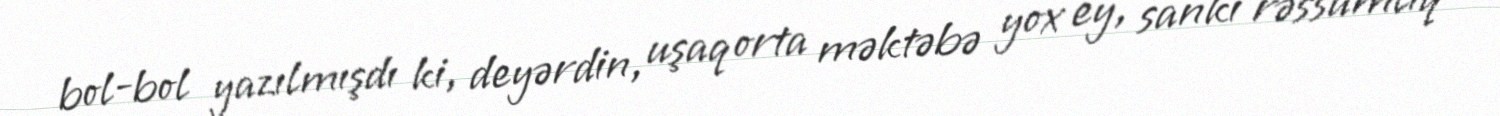
bol-bol yazılmışdı ki, deyərdin, uşaq orta məktəbə yox ey, sanki rəssamlıq